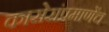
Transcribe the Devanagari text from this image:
कासेरांप्रमाणेंच